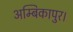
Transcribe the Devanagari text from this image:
अम्बिकापुर।